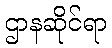
ဌာနဆိုင်ရာ